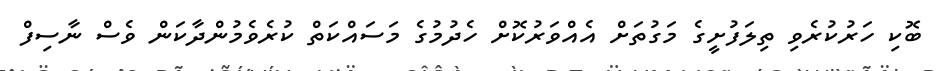
ބޮކި ހަރުކުރެވި ތިލަފުށީގެ މަގުތަށް އެއްވަރުކޮށް ހެދުމުގެ މަސައްކަތް ކުރެވެމުންދާކަން ވެސް ނާސިފް